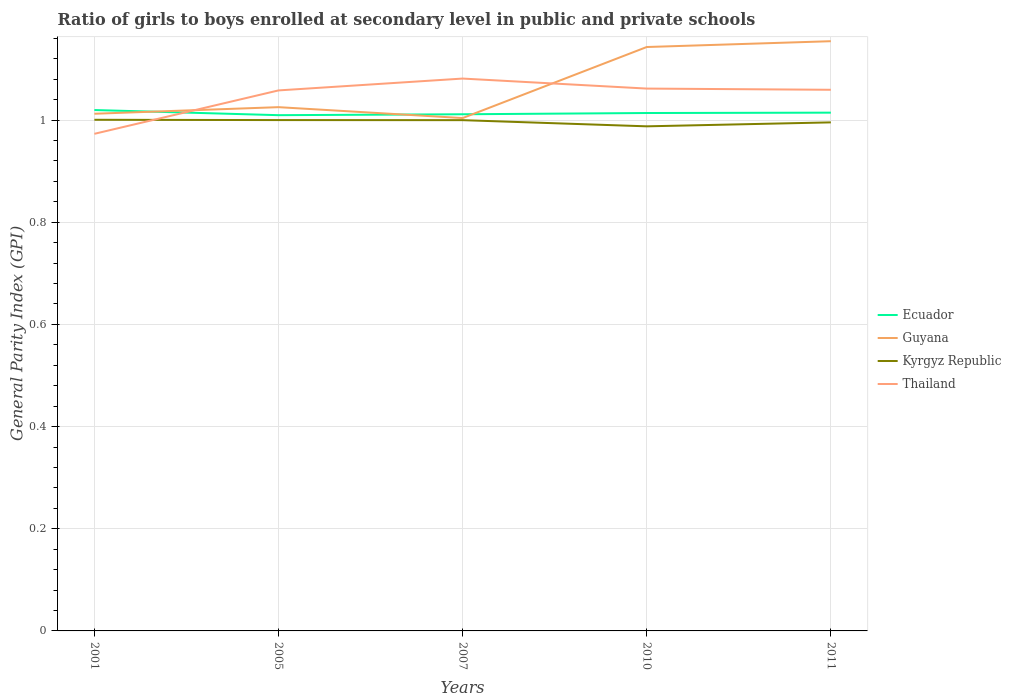
| Years | Ecuador | Guyana | Kyrgyz Republic | Thailand |
 | --- | --- | --- | --- | --- |
 | 2001 | 1.02 | 1.01 | 1 | 0.973 |
 | 2005 | 1.01 | 1.03 | 1 | 1.06 |
 | 2007 | 1.01 | 1 | 1 | 1.08 |
 | 2010 | 1.01 | 1.14 | 0.988 | 1.06 |
 | 2011 | 1.01 | 1.15 | 0.996 | 1.06 |